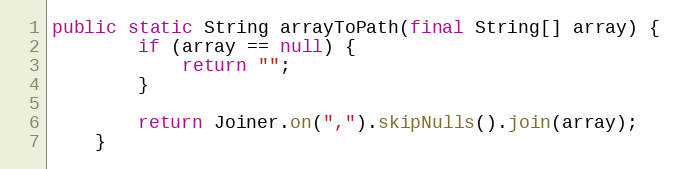
Language: Java
public static String arrayToPath(final String[] array) {
        if (array == null) {
            return "";
        }

        return Joiner.on(",").skipNulls().join(array);
    }